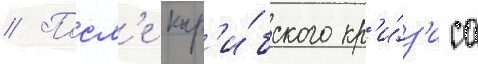
// Посл'е кар'и́бского кр'и́з'иса